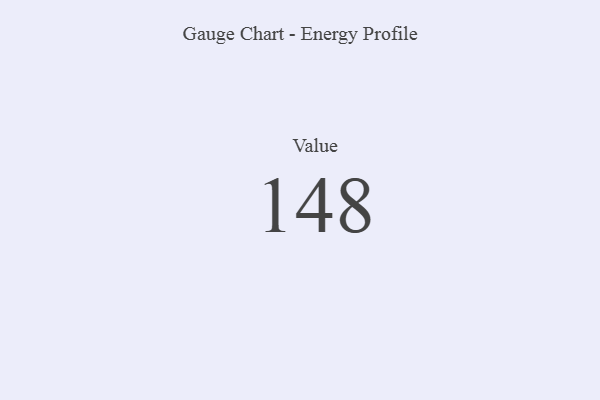
{"axis": {"x": "Metric", "y": "Value"}, "legend": [""], "data": [{"x": "Value", "y": 148, "type": ""}]}